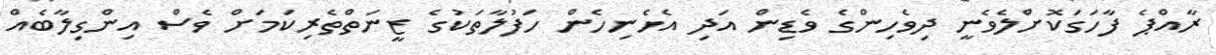
ރާއްޕެ ފާހަގަކޮށްލެވެނީ ދިވެހިންގެ ވެޑިން އަދި އެހެނިހެން ހަފުލާތަކުގެ ޒީނަތްތެރިކަމަށް ވެސް އިންގިލާބެއް